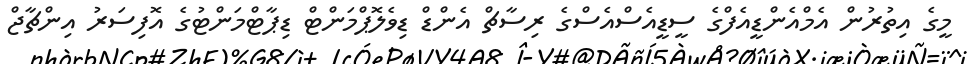
މީގެ އިތުރުން އެމްއެންޑީއެފްގެ ސީޑީއެސްއެސްގެ ރިސާޗް އެންޑް ޑިވެލޮޕްމަންޓް ޑިޕާޓްމަންޓުގެ އޮފިސަރު އިންޗާޖް